Civil Veterinary Dept. Bombay admin report 1900-1906 - 1900-1906
Year: 1900
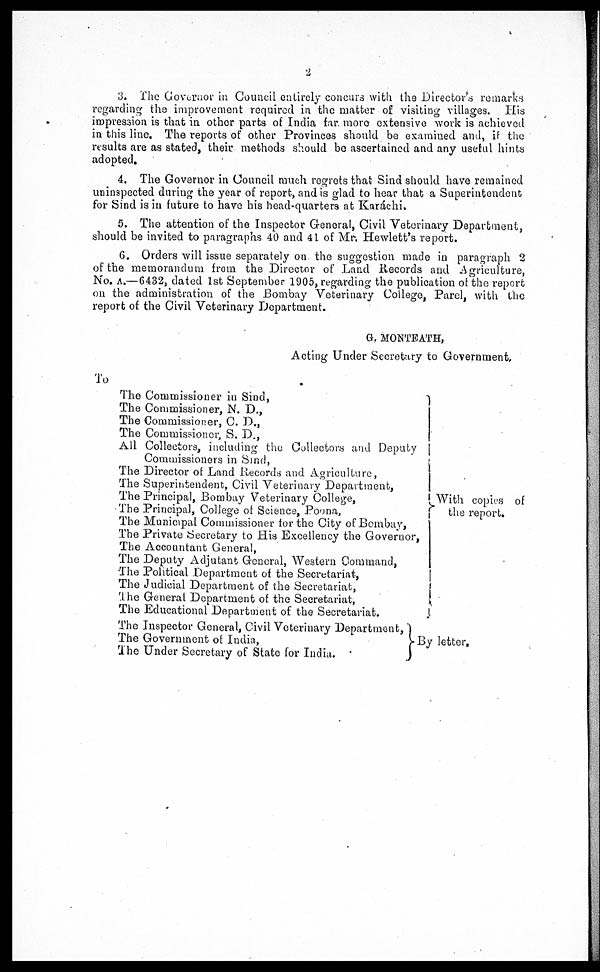
2
3. The Governor in Council entirely concurs with the Director's remarks
regarding the improvement required in the matter of visiting villages. His
impression is that in other parts of India far more extensive work is achieved
in this line. The reports of other Provinces should be examined and, if the
results are as stated, their methods should be ascertained and any useful hints
adopted.
4. The Governor in Council much regrets that Sind should have remained
uninspected during the year of report, and is glad to hear that a Superintendent
for Sind is in future to have his head-quarters at Karachi.
5. The attention of the Inspector General, Civil Veterinary Department,
should be invited to paragraphs 40 and 41 of Mr. Hewlett's report.
6. Orders will issue separately on the suggestion made in paragraph 2
of the memorandum from the Director of Land Records and Agriculture,
No. A.—6432, dated 1st September 1905, regarding the publication of the report
on the administration of the Bombay Veterinary College, Parel, with the
report of the Civil Veterinary Department.
G, MONTEATH,
Acting Under Secretary to Government.
To
The Commissioner in Sind,
The Commissioner, N. D.,
The Commissioner, C. D.,
The Commissioner, S. D.,
All Collectors, including the Collectors and Deputy
Commissioners in Sind,
The Superintendent, Civil Veterinary Department,
The Principal, Bombay Veterinary College,
The Principal, College of Science, Poona,
The Municipal Commissioner for the City of Bombay,
With copies of
the report.
The Private Secretary to His Excellency the Governor,
The Accountant General,
The Deputy Adjutant General, Western Command,
The Political Department of the Secretariat,
The Judicial Department of the Secretariat,
The General Department of the Secretariat,
The Educational Department of the Secretariat.
The Inspector General, Civil Veterinary Department,
The Government of India,
The Under Secretary of State for India.
By letter.